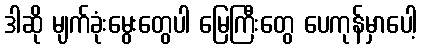
ဒါဆို မျက်ခုံးမွေးတွေပါ မြေကြီးတွေ ပေကုန်မှာပေါ့